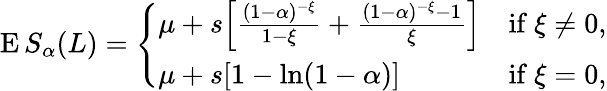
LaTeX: \operatorname{E}S_{\alpha}(L)={\left\{ \begin{array}{ll}{\mu+s{\Bigl[}{\frac{(1-\alpha)^{-\xi}}{1-\xi}}+{\frac{(1-\alpha)^{-\xi}-1}{\xi}}{\Bigr]}}&{{\mathrm{if~}}\xi\neq 0,}\\ {\mu+s[1-\ln(1-\alpha)]}&{{\mathrm{if~}}\xi=0,}\end{array}\right.}